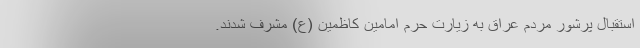
استقبال پرشور مردم عراق به زیارت حرم امامین کاظمین (ع) مشرف شدند.